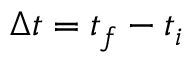
\Delta t = t _ { f } - t _ { i }